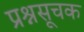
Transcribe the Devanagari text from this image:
प्रश्नसूचक